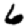
Digit: 6